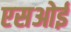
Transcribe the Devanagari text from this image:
एसओई